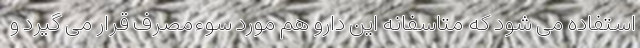
استفاده می شود که متاسفانه این دارو هم مورد سوءمصرف قرار می گیرد و